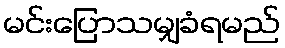
မင်းပြောသမျှခံရမည်